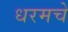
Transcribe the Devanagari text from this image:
धरमचे